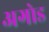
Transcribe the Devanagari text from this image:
अगोड